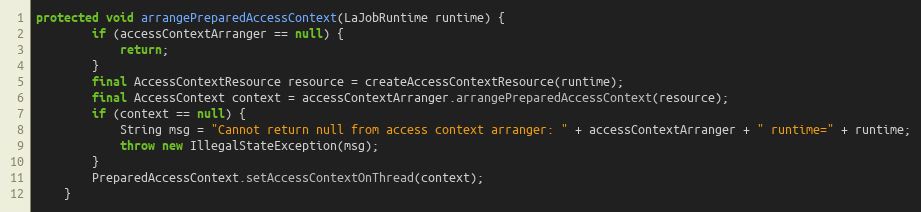
Language: Java
protected void arrangePreparedAccessContext(LaJobRuntime runtime) {
        if (accessContextArranger == null) {
            return;
        }
        final AccessContextResource resource = createAccessContextResource(runtime);
        final AccessContext context = accessContextArranger.arrangePreparedAccessContext(resource);
        if (context == null) {
            String msg = "Cannot return null from access context arranger: " + accessContextArranger + " runtime=" + runtime;
            throw new IllegalStateException(msg);
        }
        PreparedAccessContext.setAccessContextOnThread(context);
    }